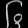
Digit: ၆